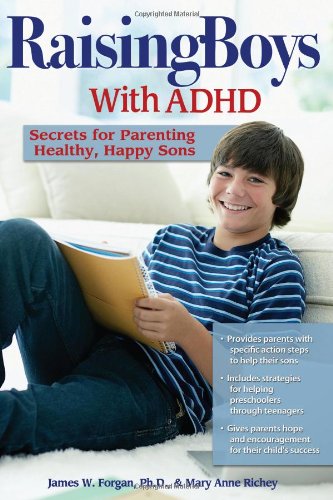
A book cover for Raising Boys with ADHD: Secrets for Parenting Healthy, Happy Sons; Mary Anne Richey; Parenting & Relationships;